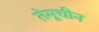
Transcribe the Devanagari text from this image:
तेमूचीन